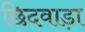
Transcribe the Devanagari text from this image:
छिदवाड़ा